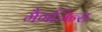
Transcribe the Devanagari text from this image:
मैगजिन्स